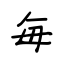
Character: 每